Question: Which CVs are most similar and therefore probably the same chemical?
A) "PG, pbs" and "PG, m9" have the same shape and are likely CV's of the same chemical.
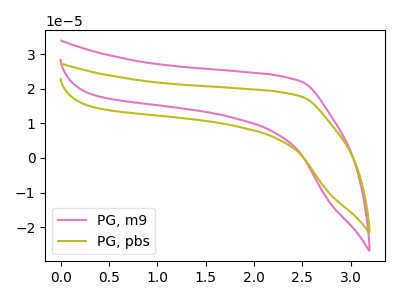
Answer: <think>The pink curve "PG, m9" has no peaks. The olive curve "PG, pbs" has no peaks.
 Neither "PG, m9" or "PG, pbs" have any peaks.</think>
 <answer>A) "PG, pbs" and "PG, m9" have the same shape and are likely CV's of the same chemical.</answer>
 <eval>A</eval>